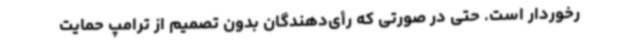
رخوردار است. حتی در صورتی که رأی‌دهندگان بدون تصمیم از ترامپ حمایت